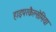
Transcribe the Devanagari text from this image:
हाइपरकैल्सेमिया